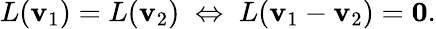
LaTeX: L(\mathbf{v}_{1})=L(\mathbf{v}_{2})\; \Leftrightarrow\; L(\mathbf{v}_{1}-\mathbf{v}_{2})=\mathbf{0}{\mathrm{.}}